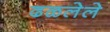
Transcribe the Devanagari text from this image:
ढळलेले